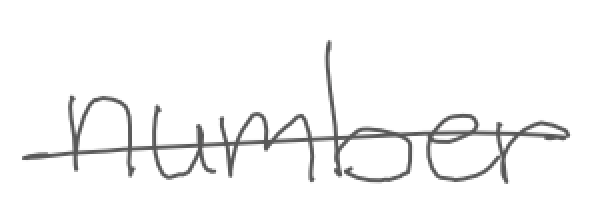
Text: number
Cross-out: single-line
Writing tool: digital_gray